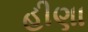
હીણા